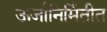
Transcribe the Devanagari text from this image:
ऊर्जानिर्मितीत